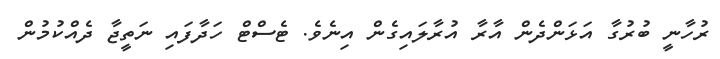
ރުހާނީ ބުރުގާ އަޅަންދެން އާރާ އުރާލައިގެން އިނެވެ. ޓެސްޓް ހަދާފައި ނަތީޖާ ދެއްކުމުން